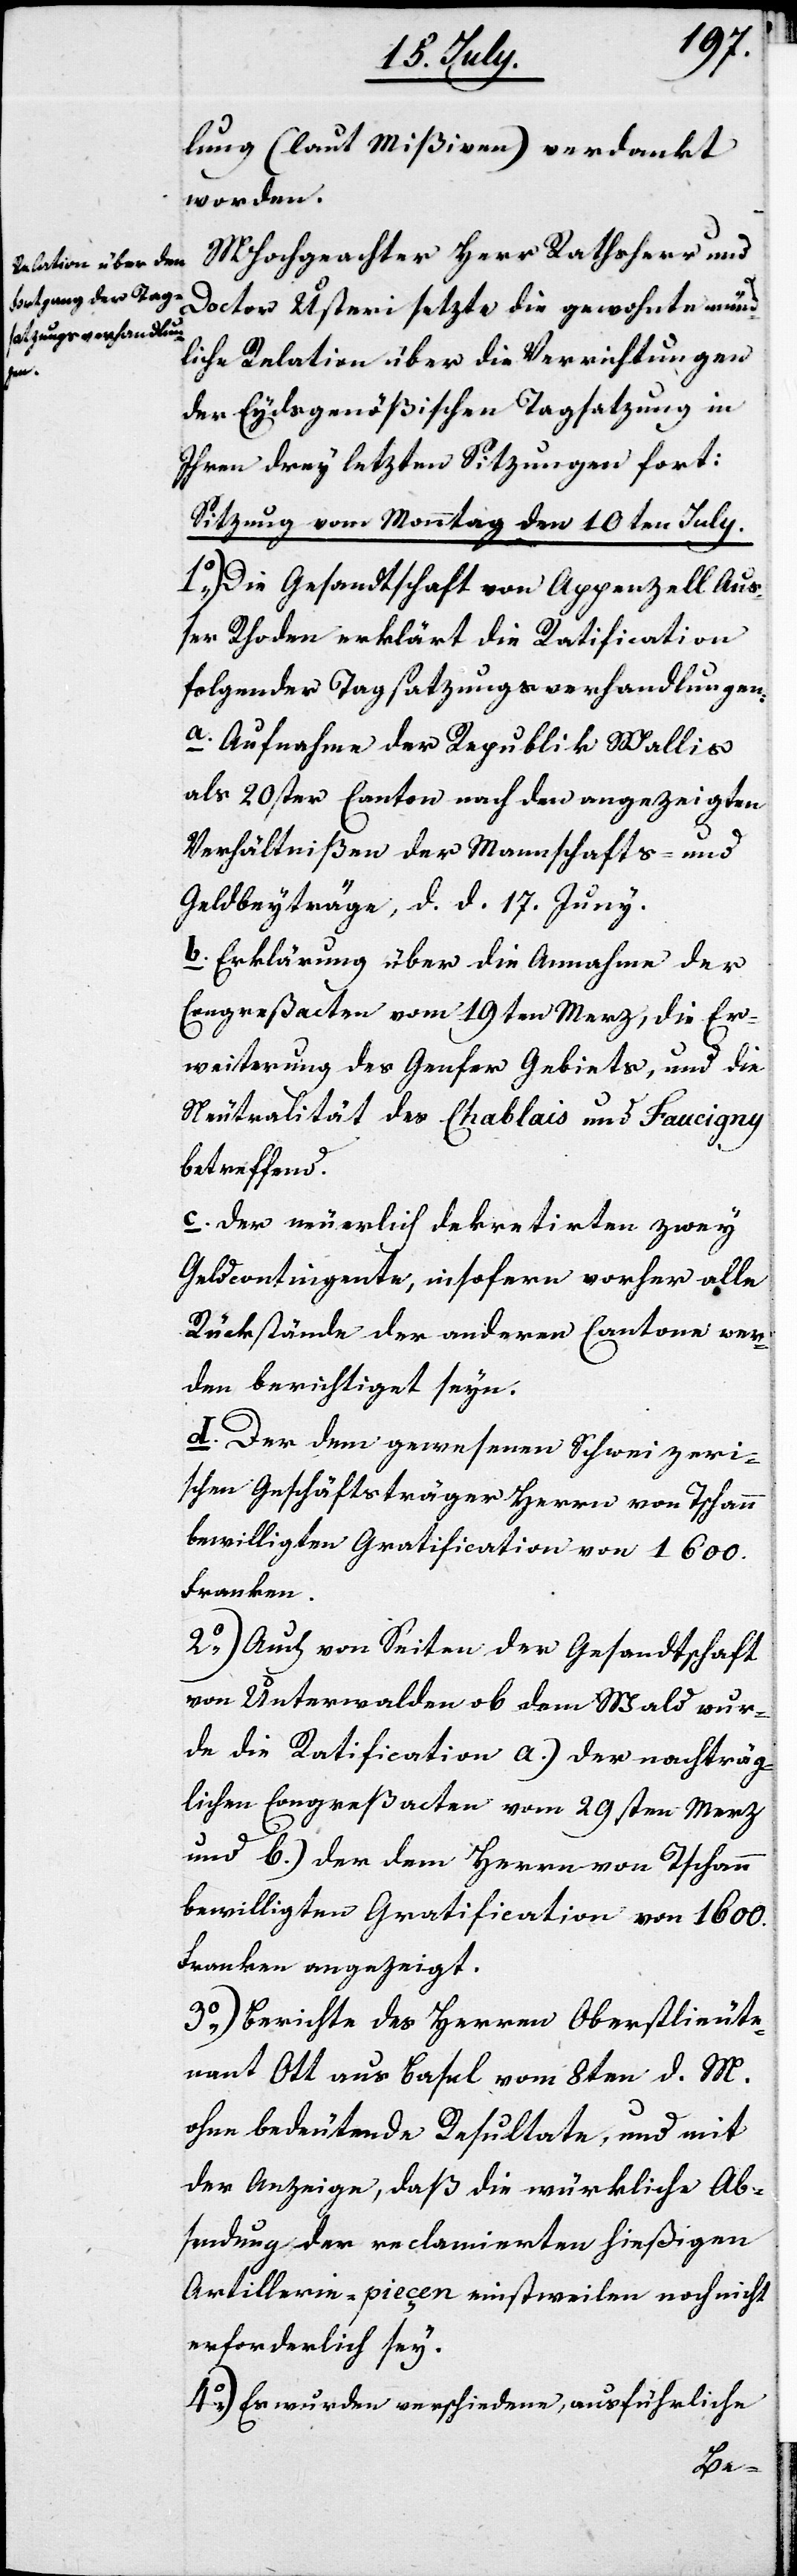
lung (laut Mißiven) verdankt
worden.
MHochgeachter Herr Rathsherr und
Doctor Usteri setzte die gewohnte münd¬
liche Relation über die Verrichtungen
der Eydsgenößischen Tagatzung in
Ihren drey letzten Sitzungen fort:
Sitzung vom Monnatg den 10ten July.
1.) Die Gesandtschaft von Appenzell Auß¬
er Rhoden erklärt die Ratification
folgender Tagsatzungsverhandlungen:
a. Aufnahme der Republik Wallis
als 20ster Canton nach den angezeigten
Verhältnißen der Mannschafts- und
Geldbeyträge, d. d. 17. Juny.
b. Erklärung über die Annahme der
Congreßacten vom 19ten Merz, die Er¬
weiterung des Genfer Gebiets, und die
Neutralität des Chablais und Faucigny
betreffend.
c. Der neuerlich dekretierten zwey
Geldcontingente, insofern vorher alle
Rückstände der andern Cantone wer¬
den berichtiget seyn.
d. Der dem gewesenen Schweizeri¬
schen Geschäftsträger Herrn von Tschann
bewilligten Gratification von 1600.
Franken.
2.) Auch von Seiten der Gesandtschaft
von Unterwalden ob dem Wald wur¬
de die Ratification a.) der nachträg¬
lichen Congreßacten vom 29sten Merz
und b.) der dem Herrn von Tschann
bewilligten Gratification von 1600.
Franken angezeigt.
3.) Berichte des Herren Oberstlieute¬
nant Ott aus Basel vom 8ten d. M.
ohne bedeutende Resultate, und mit
der Anzeige, daß die würkliche Ab¬
sendung der reclamierten hießigen
Artillerie-pieçen einstweilen noch nicht
erforderlich sey.
4.) Es wurden verschiedene, ausführliche